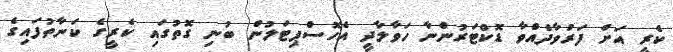
ކެރީ އަށް ފަރުވާދެއްވާ ޑޮކްޓަރުންނާ ހަވާލާދީ އެހޮސްޕިޓަލުން ބުނި ގޮތުގައި ކެރީގެ ކަނާތުފައިގެ